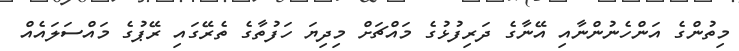
މިތުންގެ އަންހެނުންނާއި އޭނާގެ ދަރިފުޅުގެ މައްޗަށް މިދިޔަ ހަފުތާގެ ތެރޭގައި ރޭޕުގެ މައްސަލައެއް